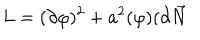
LaTeX: L = ( \partial \varphi ) ^ { 2 } + a ^ { 2 } ( \varphi ) ( \partial \overrightarrow { N }